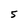
Character: 5